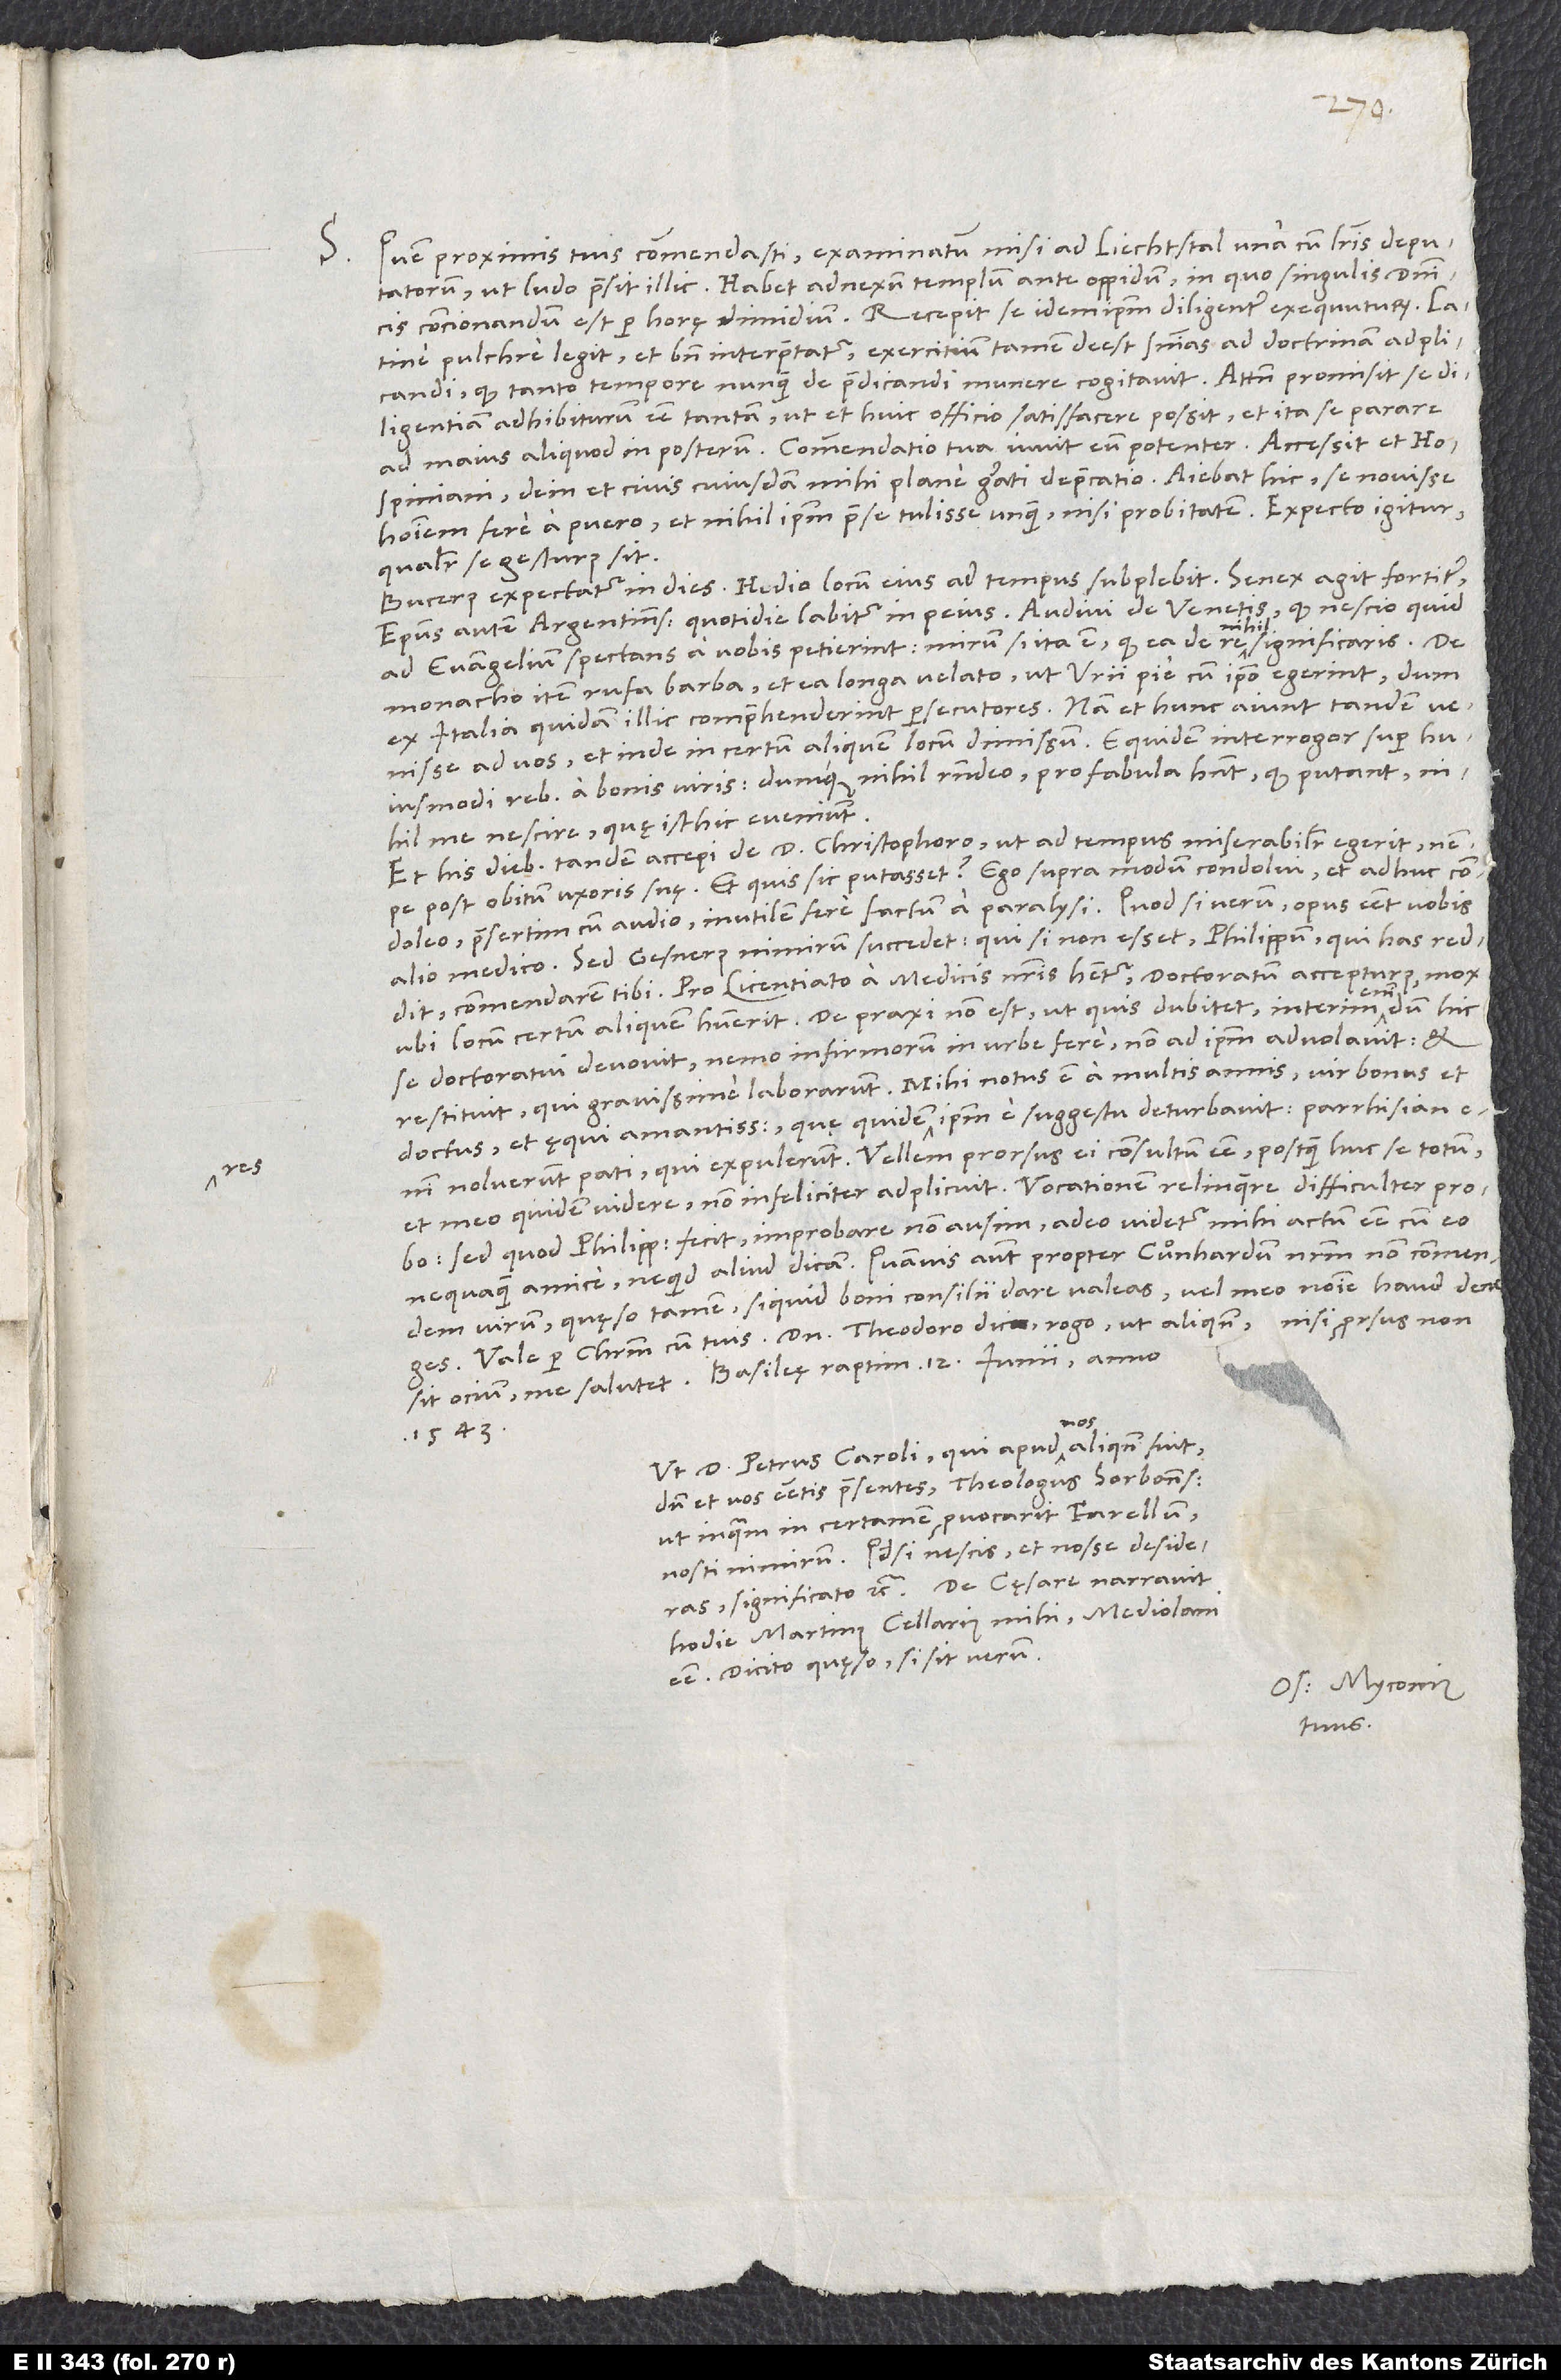
S. Quem proximis tuis commendasti, examinatum misi ad Liechtstal una cum literis deputatorum,
ut ludo praesit illic. Habet adnexum templum ante oppidum, in quo singulis dominicis
concionandum est per horę dimidium. Recepit se idem ipsum diligenter exequuturum. Latine
pulchre legit et bene interpretatur; exercitium tamen deest sententias ad doctrinam adplicandi,
quod tanto tempore nunquam de praedicandi munere cogitavit. Attamen promisit se
diligentiam adhibiturum esse tantam, ut et huic officio satisfacere possit et ita se parare
ad maius aliquod in posterum. Commendatio tua iuvit eum potenter. Accessit et Hospiniani,
dein et civis cuiusdam mihi plane grati deprecatio. Aiebat hic se novisse
hominem fere a puero et nihil ipsum prae se tulisse unquam nisi probitatem. Expecto igitur,
qualiter se gesturus sit.
Bucerus expectatur in dies; Hedio locum eius ad tempus subplebit. Senex agit fortiter;
episcopus autem Argentinensis quotidie labitur in peius. Audivi de Venetis, quod nescio quid
nihil
ad evangelium spectans a vobis petierint; mirum, si ita est, quod ea de re nihil significaris, de
monacho item rufa barba et ea longa velato, ut Urii pie cum ipso egerint, dum
ex Italia quidam illic comprehenderint persecutores. Nam et hunc aiunt tandem venisse
ad vos et inde in certum aliquem locum dimissum. Equidem interrogor super
huiusmodi rebus a bonis viris, dumque nihil respondeo, pro fabula habent, quod putant
me nescire, quę isthic eveniunt.
Et his diebus tandem accepi de d. Christophoro, ut ad tempus miserabiliter egerit, nempe
post obitum uxoris suę. Et quis sic putasset? Ego supra modum condolui et condoleo,
praesertim cum audio inutilem fere factum a paralysi. Quod si verum, opus esset vobis
alio medico. Sed Gesnerus nimirum succedet, qui si non esset, Philippum, qui has reddit,
commendarem tibi. Pro licentiato a medicis nostris habetur doctoratum accepturus mox,
ubi locum certum aliquem habuerit. De praxi non est, ut quis dubitet; interim enim, dum hic
se doctoratui devovit, nemo infirmorum in urbe fere non ad ipsum advolavit, et
doctus et ęqui amantissimus, quę quidem res ipsum e suggestu deturbavit; parrhisiani
noluerunt pati, qui expulerunt. Vellem prorsus ei consultum esse, postquam huc se totum
et meo quidem videre non infeliciter adplicuit. Vocationem relinquere difficulter probo;
sed quod Philippus fecit, improbare non ausim; adeo videtur mihi actum esse cum eo
nequaquam amice, ne quid aliud dicam. Quamvis autem propter Cuͦnhardum nostrum non commendem
virum, quęso tamen, siquid boni consilii dare valeas, vel meo nomine haud deneges.
Vale per Christum cum tuis. Domino Theodoro dic, rogo, ut aliquando, nisi prorsus non
1543.
Ut d. Petrus Caroli, qui apud nos aliquando fuit,
dum et vos essetis praesentes, theologus Sorbonnensis,
ut inquam in certamen provocarit Farellum,
nosti nimirum. Quodsi nescis et nosse desideras,
significato etc. De cęsare narravit
hodie Martinus Cellarius mihi Mediolani
esse. Dicito, quęso, si sit verum.
Os. Myconius
tuus.